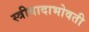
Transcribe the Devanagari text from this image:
स्त्रीवादाभोवती